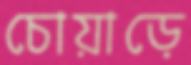
চোয়াড়ে